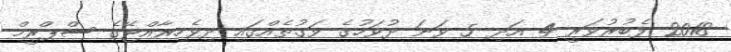
2018 ފެބުރުވަރީ 4 އަދި 5 ވަނަ ދުވަހުގެ ވަގުތެއްގައި ދިވެހިރާއްޖޭގެ ސްޕްރީމް